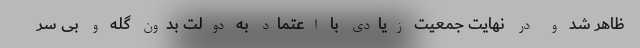
ظاهر شد و در نهایت جمعیت زیادی با اعتماد به دولت بدون گله و بی ‌سر